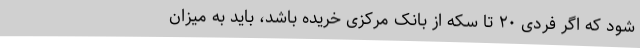
شود که اگر فردی ۲۰ تا سکه از بانک مرکزی خریده باشد، باید به میزان